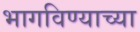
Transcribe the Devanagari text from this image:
भागविण्याच्या